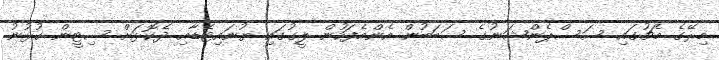
މިރޭގެ މެޗުގައި ސަސްޕެންޝަނުގެ ސަބަބުން އެންމެފަހުން ލީގުގައި ޔުނައިޓެޑާއި ދެކޮޅަށް ސިޓީން ކުޅުނު